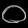
Digit: ၀